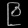
Digit: ၉